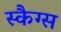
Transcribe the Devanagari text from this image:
स्कैग्स